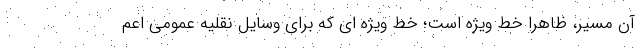
آن مسیر، ظاهرا خط ویژه است؛ خط ویژه ای که برای وسایل نقلیه عمومی اعم